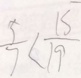
\frac { 5 } { 7 } < \frac { 1 S } { 1 9 }